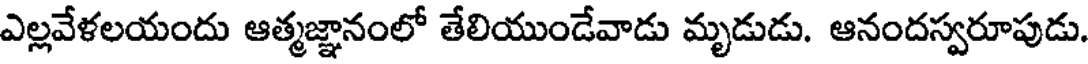
ఎల్లవేళలయందు ఆత్మజ్ఞానంలో తేలియుండేవాడు మృడుడు. ఆనందస్వరూపుడు.